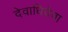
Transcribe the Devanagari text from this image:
देवाधिदेवा